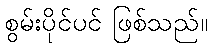
စွမ်းပိုင်ပင် ဖြစ်သည်။